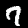
Digit: 7